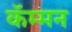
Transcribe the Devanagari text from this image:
कॅम्मन